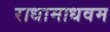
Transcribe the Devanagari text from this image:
राधामाधवम